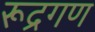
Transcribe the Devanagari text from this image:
रूद्रगण